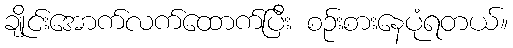
ချိုင်းအောက်လက်ထောက်ပြီး စဉ်းစားနေပုံရတယ်။